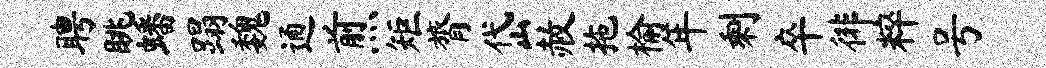
聘眺蟠蹋魏通煎矩膂岱赦拖榆年剩卒徘粹号